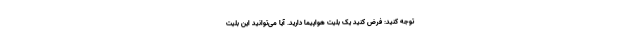
توجه کنید: فرض کنید یک بلیت هواپیما دارید. آیا می‌توانید این بلیت